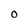
Character: O